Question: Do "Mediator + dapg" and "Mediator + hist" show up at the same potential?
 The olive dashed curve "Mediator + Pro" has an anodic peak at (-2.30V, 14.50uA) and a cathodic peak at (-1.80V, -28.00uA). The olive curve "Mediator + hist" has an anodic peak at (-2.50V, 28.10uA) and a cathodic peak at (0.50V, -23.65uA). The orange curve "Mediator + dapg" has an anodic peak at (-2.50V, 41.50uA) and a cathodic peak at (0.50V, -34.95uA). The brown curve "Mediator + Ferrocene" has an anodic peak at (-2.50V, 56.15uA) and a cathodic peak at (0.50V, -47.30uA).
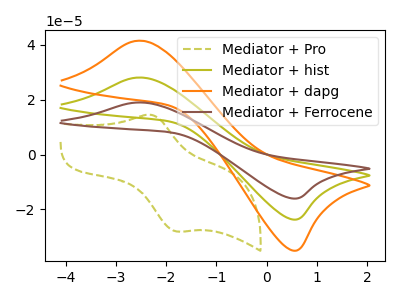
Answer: <think>All the peaks in "Mediator + dapg" have a peak in "Mediator + hist" at the same potential. Every peak in "Mediator + dapg" is higher than every peak in "Mediator + hist".
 </think>
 <answer>"Mediator + dapg" and "Mediator + hist" are similar in shape.</answer>
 <eval>same_shape</eval>